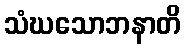
သံဃသောဘနာတိ